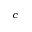
^ c